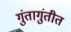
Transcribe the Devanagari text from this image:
गुंतागुंतीत